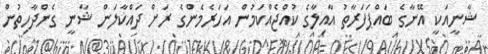
ޝާނީއަކީ އޭނާގެ ބައްޕަފަރާތު އާއިލާގެ ކުއްޖެއްކަމުން އަހަރެމެންގެ ރަށް ދައްކާލަން ޝާނީ ގެންދާހިތުން